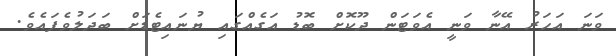
ވަނަ އަހަރު އޭނާ ވަނީ އެވަޓަން ދޫކޮށް ބޮޑު އަގެއްގައި ޔުނައިޓެޑަށް ބަދަލުވެފައެވެ.